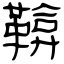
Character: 鞥